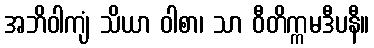
အဘိဝါကျံ သိယာ ဝါစာ၊ သာ ဝီတိက္ကမဒီပနီ။